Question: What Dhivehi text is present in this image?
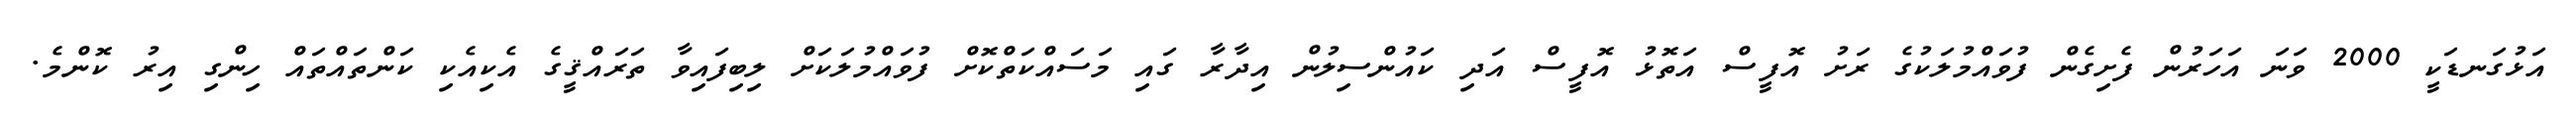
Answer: އަޅުގަނޑަކީ 2000 ވަނަ އަހަރުން ފެށިގެން ފުވައްމުލަކުގެ ރަށު އޮފީސް އަތޮޅު އޮފީސް އަދި ކައުންސިލުން އިދާރާ ގައި މަސައްކަތްކޮށް ފުވައްމުލަކަށް ލިބިފައިވާ ތަރައްޤީގެ އެކިއެކި ކަންތައްތައް ހިންގި އިރު ކޮންމެ.